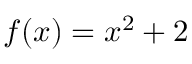
f ( x ) = x ^ { 2 } + 2